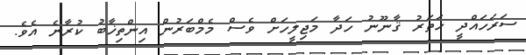
ސަރަހައްދީ ހަތަރު ޤާނޫނު ހަދާ މަޖިލީހަށް ވެސް މެމްބަރުން އިންތިޚާބު ކުރާނެ އެވެ.